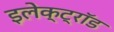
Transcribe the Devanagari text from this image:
इलेक्ट्रॉड